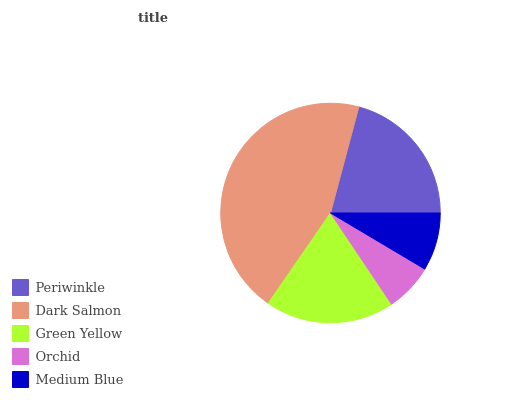
| Periwinkle | Dark Salmon | Green Yellow | Orchid | Medium Blue |
 | --- | --- | --- | --- | --- |
 | 20.9% | 44.6% | 18.9% | 7.07% | 8.55% |